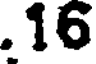
.16